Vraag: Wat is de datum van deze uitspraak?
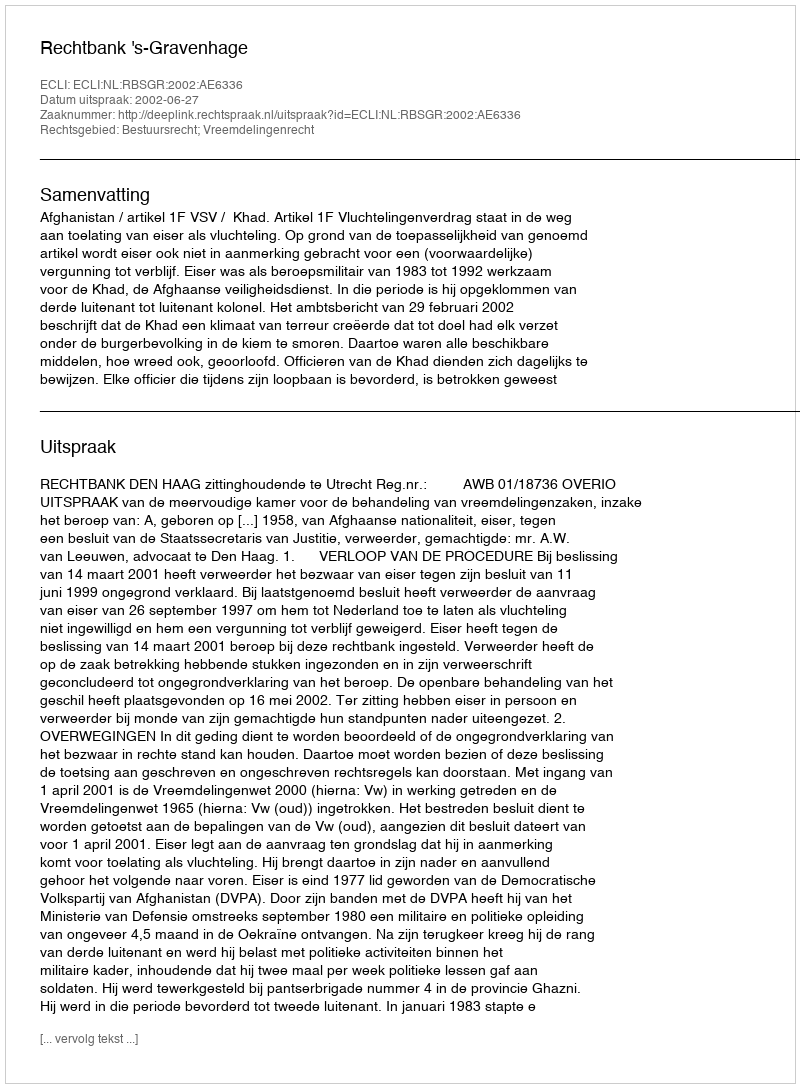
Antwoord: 2002-06-27